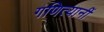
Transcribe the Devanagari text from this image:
गणित्यानीं